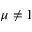
\mu \neq 1